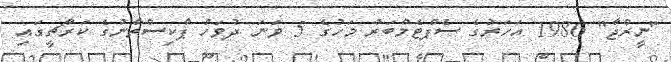
"ނީރްޖާ" 1986 އަހަރުގެ ސެޕްޓެމްބަރު މަހުގެ 5 ވަނަ ދުވަހު ޕާކިސްތާނުގެ ކަރާޗީގައި